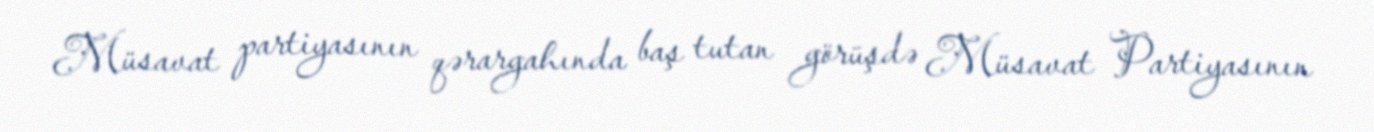
Müsavat partiyasının qərargahında baş tutan görüşdə Müsavat Partiyasının